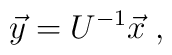
\vec{y} = U^{-1} \vec{x}\; ,